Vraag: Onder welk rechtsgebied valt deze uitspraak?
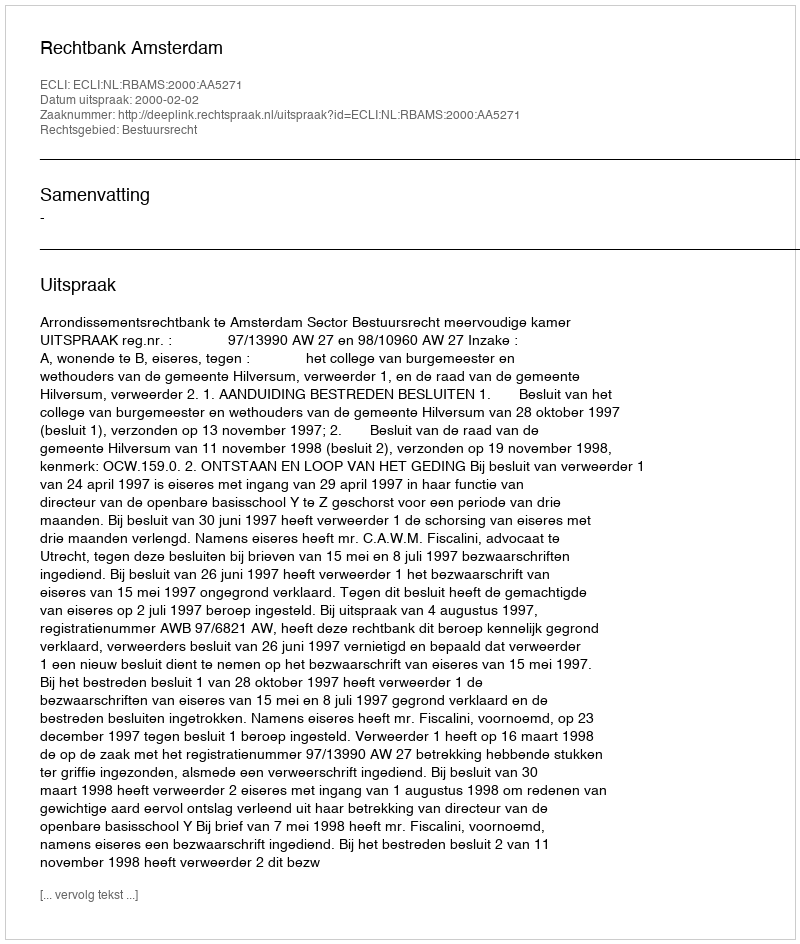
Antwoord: Bestuursrecht